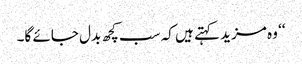
‘‘ وہ مزید کہتے ہیں کہ سب کچھ بدل جائے گا۔